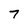
Character: 7